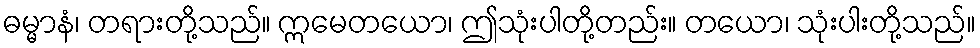
ဓမ္မာနံ၊ တရားတို့သည်။ ဣမေတယော၊ ဤသုံးပါတို့တည်း။ တယော၊ သုံးပါးတို့သည်။